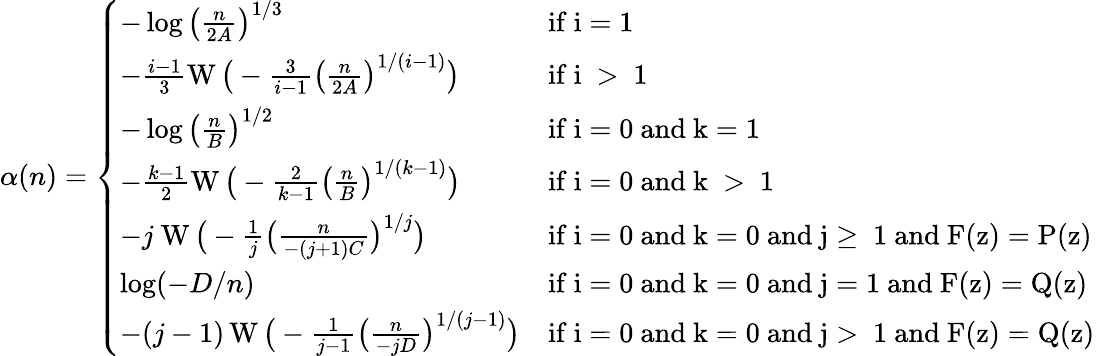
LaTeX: \alpha(n)=\left\{ \begin{array}{ll}{-\log\big(\frac{n}{2A}\big)^{1/3}}&{\mathrm{if~i=1~}}\\ {-\frac{i-1}{3}\operatorname{W}\big(-\frac{3}{i-1}\big(\frac{n}{2A}\big)^{1/(i-1)}\big)}&{\mathrm{if~i~>~1~}}\\ {-\log\big(\frac{n}{B}\big)^{1/2}}&{\mathrm{if~i=0~and~k=1~}}\\ {-\frac{k-1}{2}\operatorname{W}\big(-\frac{2}{k-1}\big(\frac{n}{B}\big)^{1/(k-1)}\big)}&{\mathrm{if~i=0~and~k~>~1~}}\\ {-j\! \ \operatorname{W}\big(-\frac{1}{j}\big(\frac{n}{-(j+1)C}\big)^{1/j}\big)}&{\mathrm{if~i=0~and~k=0~and~j\geq~1~and~F(z)=P(z)~}}\\ {\log({-D/n})}&{\mathrm{if~i=0~and~k=0~and~j=1~and~F(z)=Q(z)~}}\\ {-(j-1)\operatorname{W}\big(-\frac{1}{j-1}\big(\frac{n}{-jD}\big)^{1/(j-1)}\big)}&{\mathrm{if~i=0~and~k=0~and~j>~1~and~F(z)=Q(z)~}}\end{array}\right.